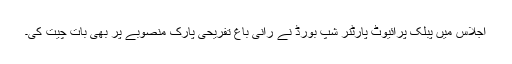
اجلاس میں پبلک پرائیوٹ پارٹنر شپ بورڈ نے رانی باغ تفریحی پارک منصوبے پر بھی بات چیت کی۔